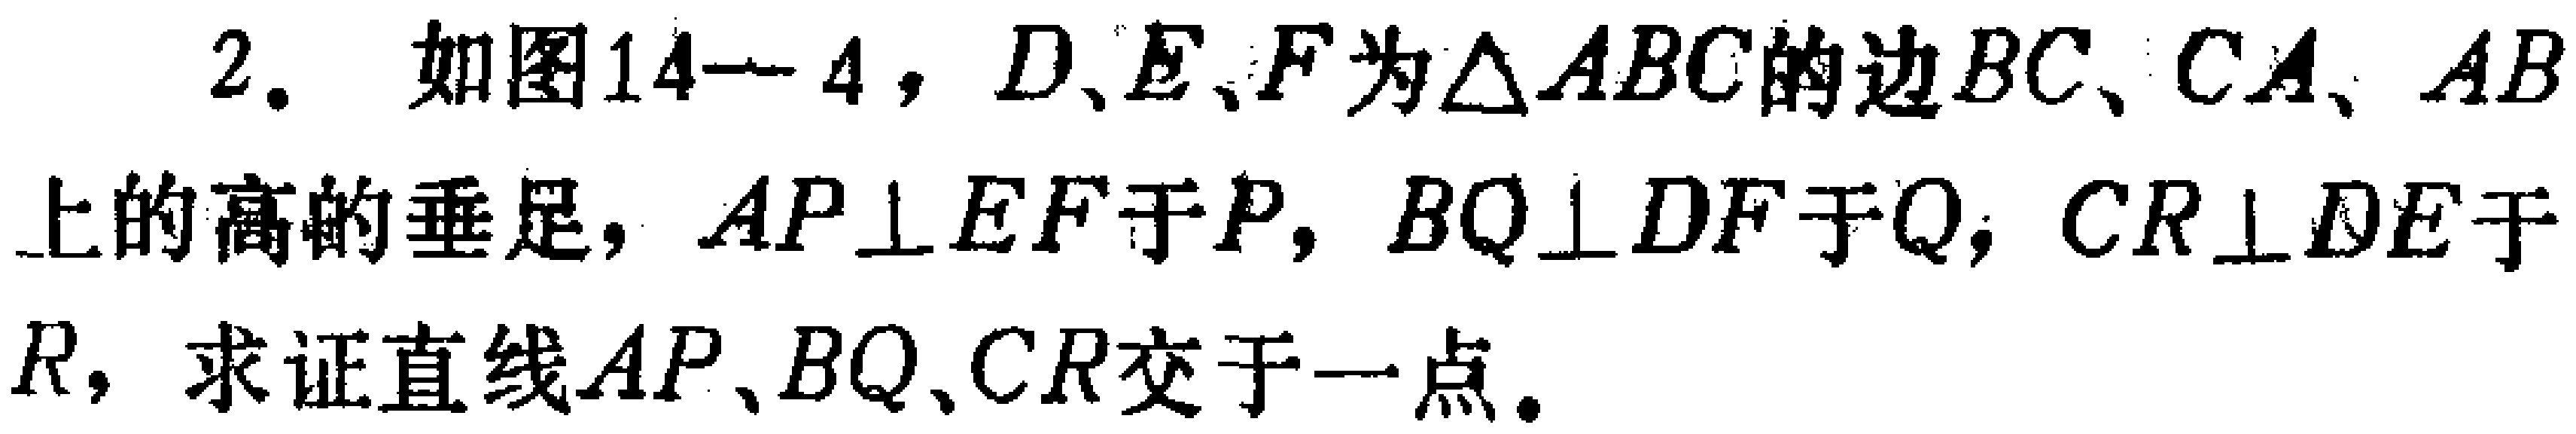
2. 如图14--4，$D、E、F$为$\triangle ABC$的边$BC、CA、AB$上的高的垂足，$AP\perp EF$于$P$，$BQ\perp DF$于$Q$，$CR\perp DE$于$R$，求证直线$AP、BQ、CR$交于一点。